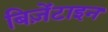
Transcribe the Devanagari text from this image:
बिज़ेंटाइन